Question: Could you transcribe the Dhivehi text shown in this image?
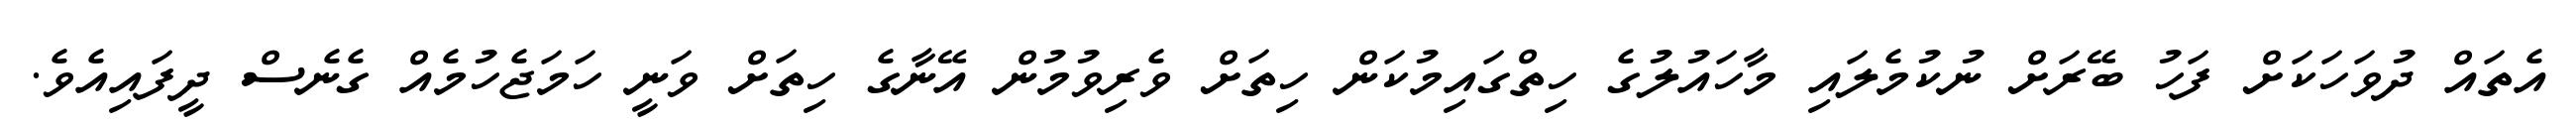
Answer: އެތައް ދުވަހަކަށް ފަހު ބޭރަށް ނުކުމެލައި މާހައުލުގެ ހިތްގައިމުކަން ހިތަށް ވެރިވުމުން އޭނާގެ ހިތަށް ވަނީ ހަމަޖެހުމެއް ގެނެސް ދީފައިއެވެ.